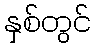
နှစ်တွင်